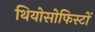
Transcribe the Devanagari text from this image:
थियोसोफिस्टों